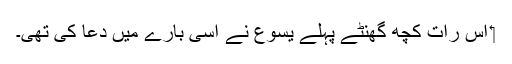
‏ اُس رات کچھ گھنٹے پہلے یسوع نے اِسی بارے میں دُعا کی تھی۔